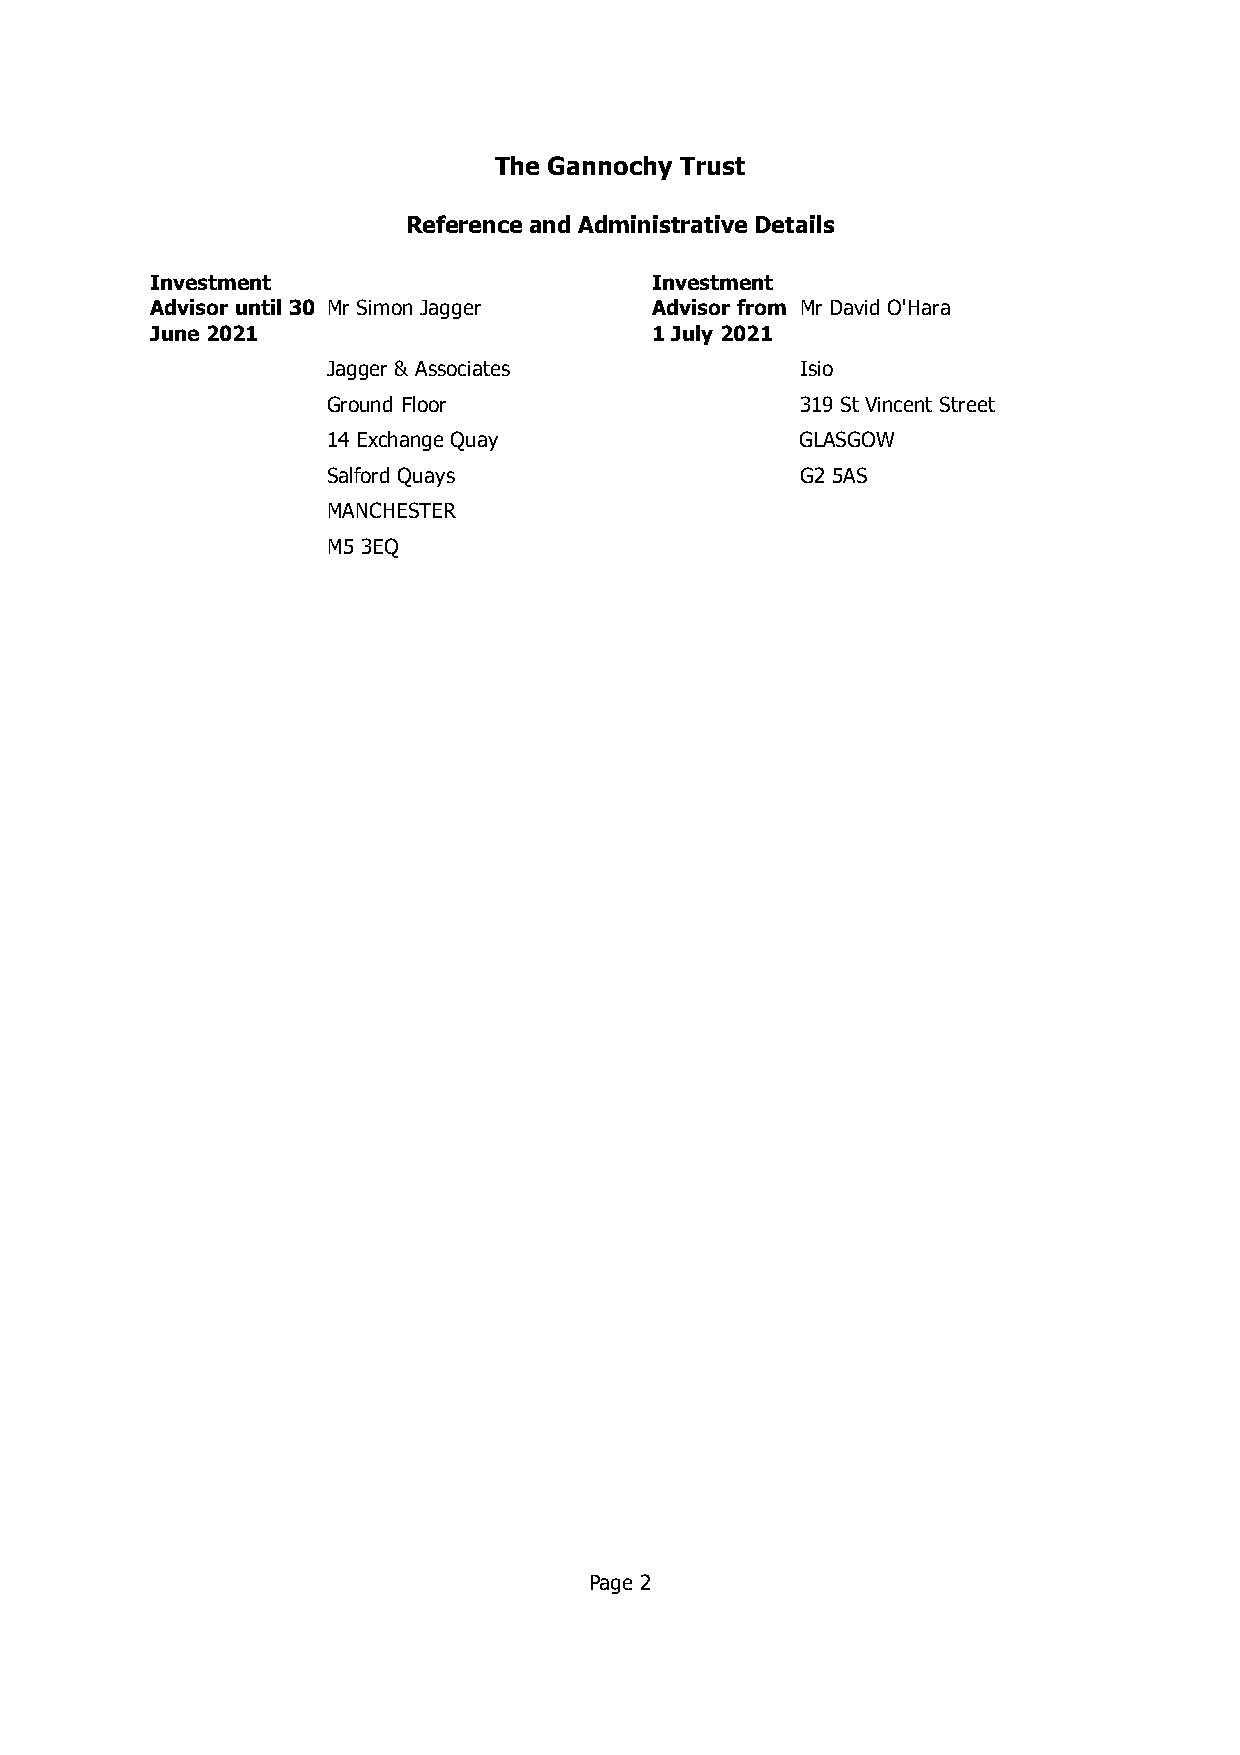
The Gannochy Trust
 Reference and Administrative Details
 Investment                       Investment
 Advisor until 30 Mr Simon Jagger Advisor from Mr David O'Hara
 June2021                         1July 2021
 Jagger & Associates            Isio
 Ground Floor                   319 St Vincent Street
 14 Exchange Quay               GLASGOW
 Salford Quays                  G2 5AS
 MANCHESTER
 M5 3EQ
 Page 2